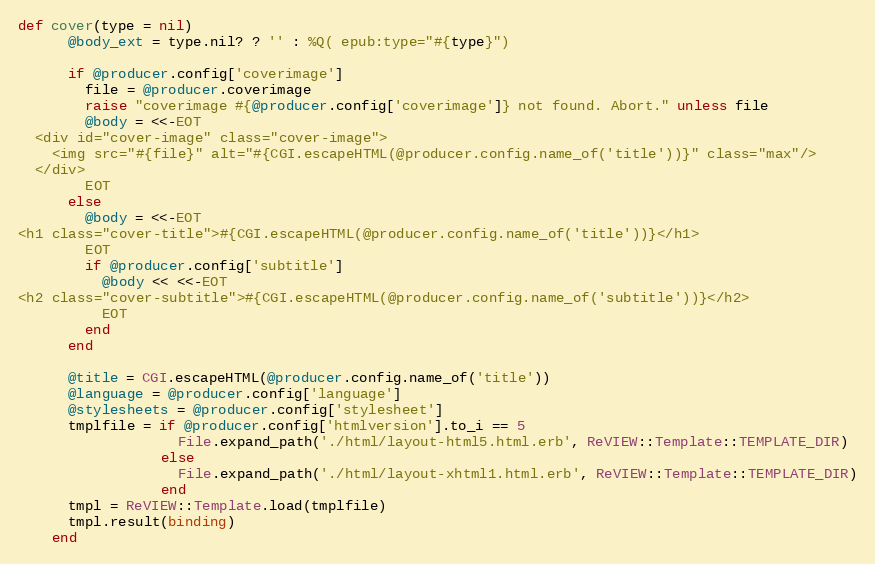
Language: Ruby
def cover(type = nil)
      @body_ext = type.nil? ? '' : %Q( epub:type="#{type}")

      if @producer.config['coverimage']
        file = @producer.coverimage
        raise "coverimage #{@producer.config['coverimage']} not found. Abort." unless file
        @body = <<-EOT
  <div id="cover-image" class="cover-image">
    <img src="#{file}" alt="#{CGI.escapeHTML(@producer.config.name_of('title'))}" class="max"/>
  </div>
        EOT
      else
        @body = <<-EOT
<h1 class="cover-title">#{CGI.escapeHTML(@producer.config.name_of('title'))}</h1>
        EOT
        if @producer.config['subtitle']
          @body << <<-EOT
<h2 class="cover-subtitle">#{CGI.escapeHTML(@producer.config.name_of('subtitle'))}</h2>
          EOT
        end
      end

      @title = CGI.escapeHTML(@producer.config.name_of('title'))
      @language = @producer.config['language']
      @stylesheets = @producer.config['stylesheet']
      tmplfile = if @producer.config['htmlversion'].to_i == 5
                   File.expand_path('./html/layout-html5.html.erb', ReVIEW::Template::TEMPLATE_DIR)
                 else
                   File.expand_path('./html/layout-xhtml1.html.erb', ReVIEW::Template::TEMPLATE_DIR)
                 end
      tmpl = ReVIEW::Template.load(tmplfile)
      tmpl.result(binding)
    end